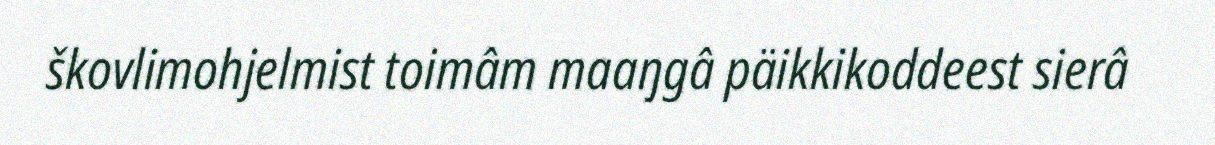
škovlimohjelmist toimâm maaŋgâ päikkikoddeest sierâ